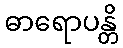
ဓာရောပန္တိ